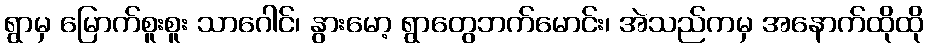
ရွာမှ မြောက်စူးစူး သာဂေါင်၊ နွားမော့ ရွာတွေဘက်မောင်း၊ အဲသည်ကမှ အနောက်ထိုထို